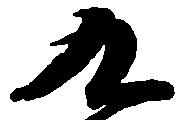
九